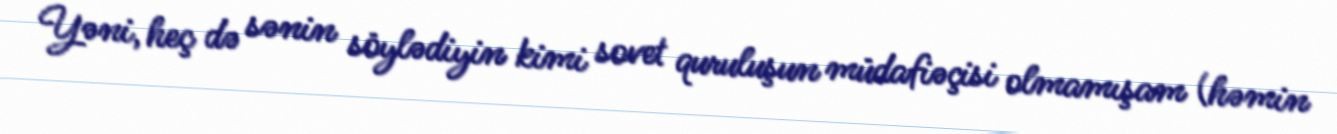
Yəni, heç də sənin söylədiyin kimi sovet quruluşun müdafiəçisi olmamışam (həmin